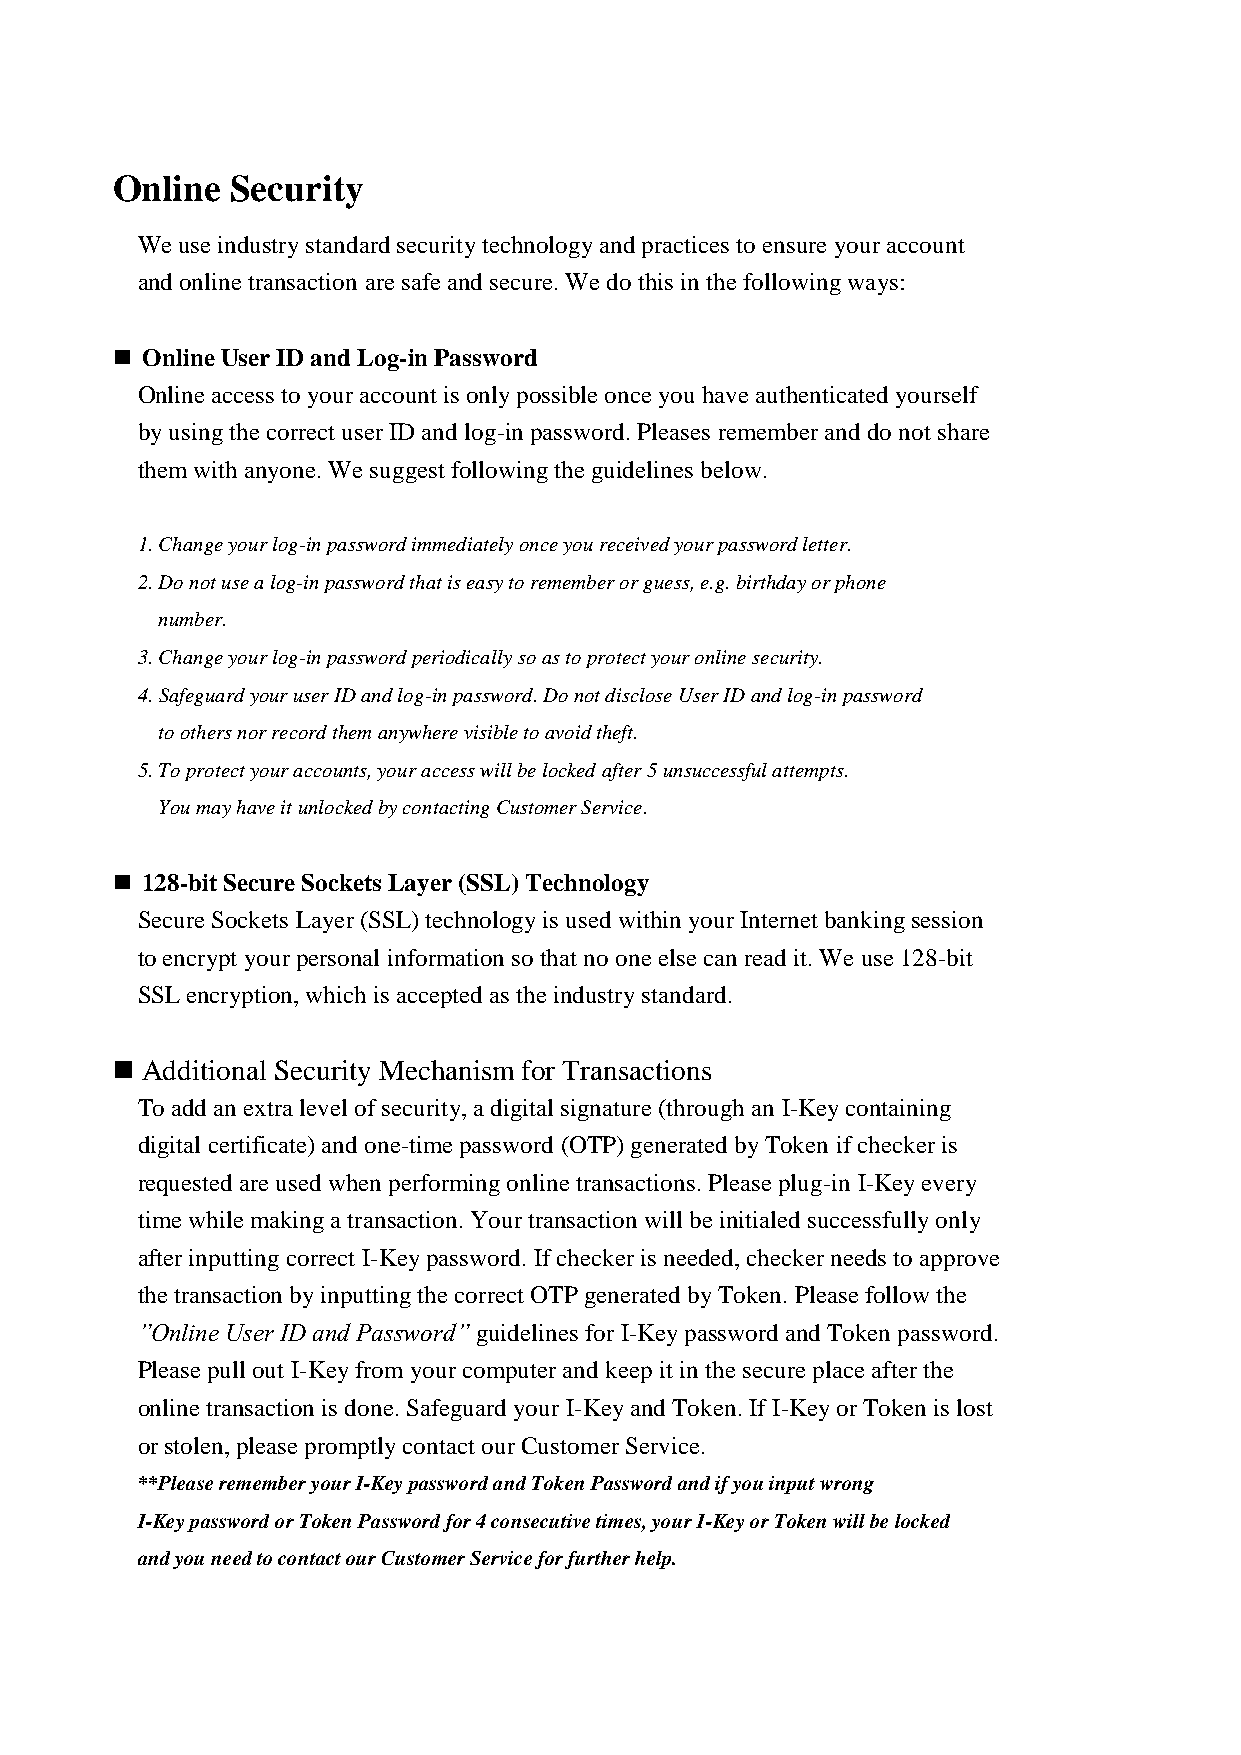
Online  Security
 We use industry standard security technology and practices to ensure your account
 and online transaction are safe and secure. We do this in the following ways:
  Online User ID and Log-in Password
 Online access to your account is only possible once you have authenticated yourself
 by using the correct user ID and log-in password. Pleases remember and do not share
 them with anyone. We suggest following the guidelines below.
 1. Change your log-in password immediately once you received your password letter.
 2. Do not use a log-in password that is easy to remember or guess, e.g. birthday or phone
 number.
 3. Change your log-in password periodically so as to protect your online security.
 4. Safeguard your user ID and log-in password. Do not disclose User ID and log-in password
 to others nor record them anywhere visible to avoid theft.
 5. To protect your accounts, your access will be locked after 5 unsuccessful attempts.
 You may have it unlocked by contacting Customer Service.
  128-bit Secure Sockets Layer (SSL) Technology
 Secure Sockets Layer (SSL) technology is used within your Internet banking session
 to encrypt your personal information so that no one else can read it. We use 128-bit
 SSL encryption, which is accepted as the industry standard.
  Additional Security Mechanism for Transactions
 To add an extra level of security, a digital signature (through an I-Key containing
 digital certificate) and one-time password (OTP) generated by Token if checker is
 requested are used when performing online transactions. Please plug-in I-Key every
 time while making a transaction. Your transaction will be initialed successfully only
 after inputting correct I-Key password. If checker is needed, checker needs to approve
 the transaction by inputting the correct OTP generated by Token. Please follow the
 ”Online User ID and Password” guidelines for I-Key password and Token password.
 Please pull out I-Key from your computer and keep it in the secure place after the
 online transaction is done. Safeguard your I-Key and Token. If I-Key or Token is lost
 or stolen, please promptly contact our Customer Service.
 **Please remember your I-Key password and Token Password and if you input wrong
 I-Key password or Token Password for 4 consecutive times, your I-Key or Token will be locked
 and you need to contact our Customer Service for further help.